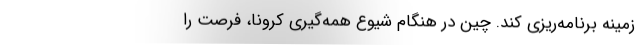
زمینه برنامه‌ریزی کند. چین در هنگام شیوع همه‌گیری کرونا، فرصت‌ را